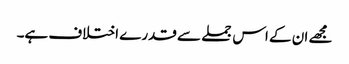
مجھے ان کے اس جملے سے قدرے اختلاف ہے۔